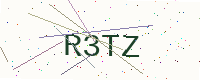
Text: R3TZ